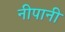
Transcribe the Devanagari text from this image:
नीपानी